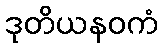
ဒုတိယနဝကံ